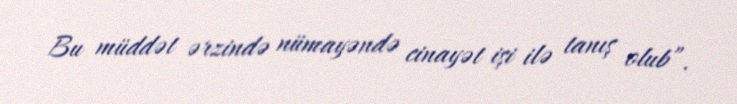
Bu müddət ərzində nümayəndə cinayət işi ilə tanış olub”.